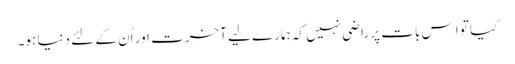
کیا تو اِس بات پر راضی نہیں کہ ہمارے لیے آخرت اور اُن کے لئے دنیا ہو۔